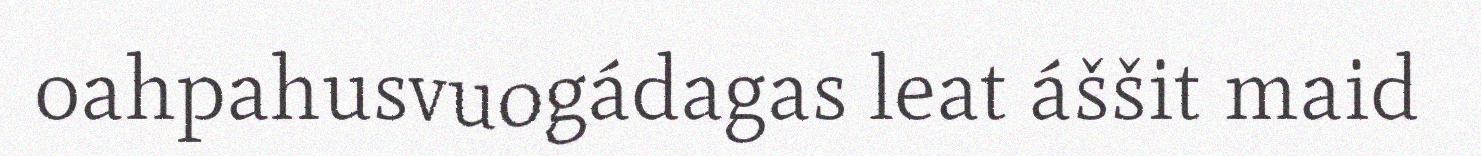
oahpahusvuogádagas leat áššit maid